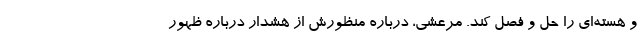
و هسته‌ای‌ را حل و فصل کند. مرعشی، درباره منظورش از هشدار درباره ظهور